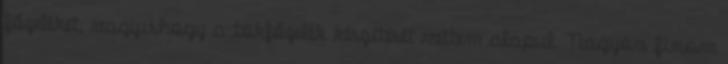
főzeléket, vagyishogy a tökfőzelék készítését vettem alapul. Nagyon finom